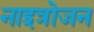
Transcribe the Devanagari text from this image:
नाइत्रोजन